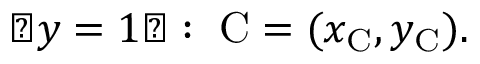
{ \mathrm { � } } y = 1 { \mathrm { � } } : \; \mathrm { C } = ( x _ { \mathrm { C } } , y _ { \mathrm { C } } ) .